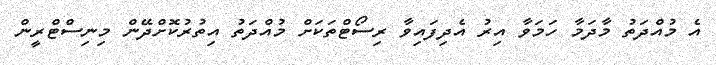
އެ މުއްދަތު މާދަމާ ހަމަވާ އިރު އެދިފައިވާ ރިސޯޓްތަކަށް މުއްދަތު އިތުރުކޮށްދޭން މިނިސްޓްރީން